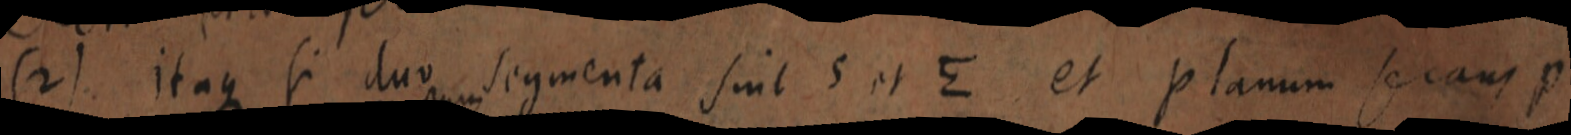
(2) itaque si duo segmenta sint 5 et E et planum secant p